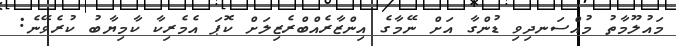
މައުލޫމާތު މުއްސަނދިވި ޑުންގާ އަށް ނޭމާގެ އިންޒާރެއްބްރެޒިލަށް ކޮޕަ އެމެރިކާ ކާމިޔާބު ކުރެވޭނެ: